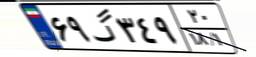
۳۳گ۴۶۹۸۵